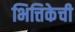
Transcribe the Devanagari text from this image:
भित्तिकेची